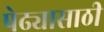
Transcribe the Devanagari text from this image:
पेढ्यासाठी